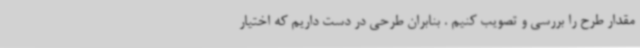
مقدار طرح را بررسی و تصویب کنیم . بنابران طرحی در دست داریم که اختیار